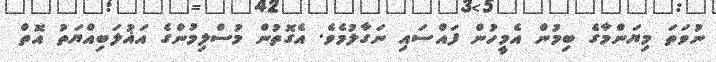
ނުވަތަ މިޔަންމާގެ ބިމުން އެމީހުން ފައްސައި ނަގާލުމެވެ. އެގޮތުން މުސްލިމުންގެ އަޣުލަބިއްޔަތު އޮތް